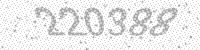
Solution: 220388